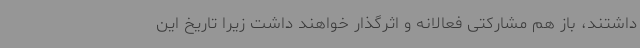
داشتند، باز هم مشارکتی فعالانه و اثرگذار خواهند داشت زیرا تاریخ این